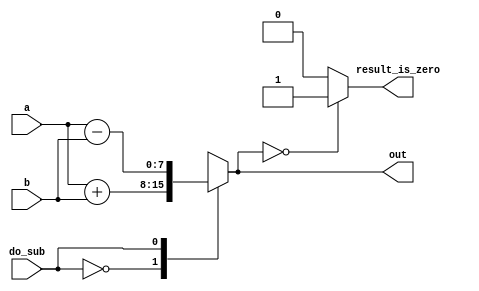
// synthesis verilog_input_version verilog_2001
module top_module ( 
    input do_sub,
    input [7:0] a,
    input [7:0] b,
    output reg [7:0] out,
    output reg result_is_zero
);//

    always @(*) begin
        case (do_sub)
          0: out = a+b;
          1: out = a-b;
        endcase

        if (out==8'b0)
            result_is_zero = 1;
        else begin
            result_is_zero=0;
        end
    end

endmodule